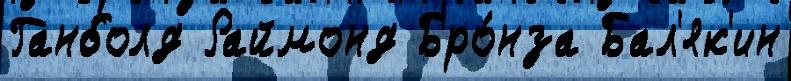
Ганболд Раймонд Бро́нза Бал'як'ин